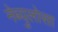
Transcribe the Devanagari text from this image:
नेब्युलोसा